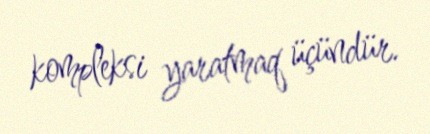
kompleksi yaratmaq üçündür.